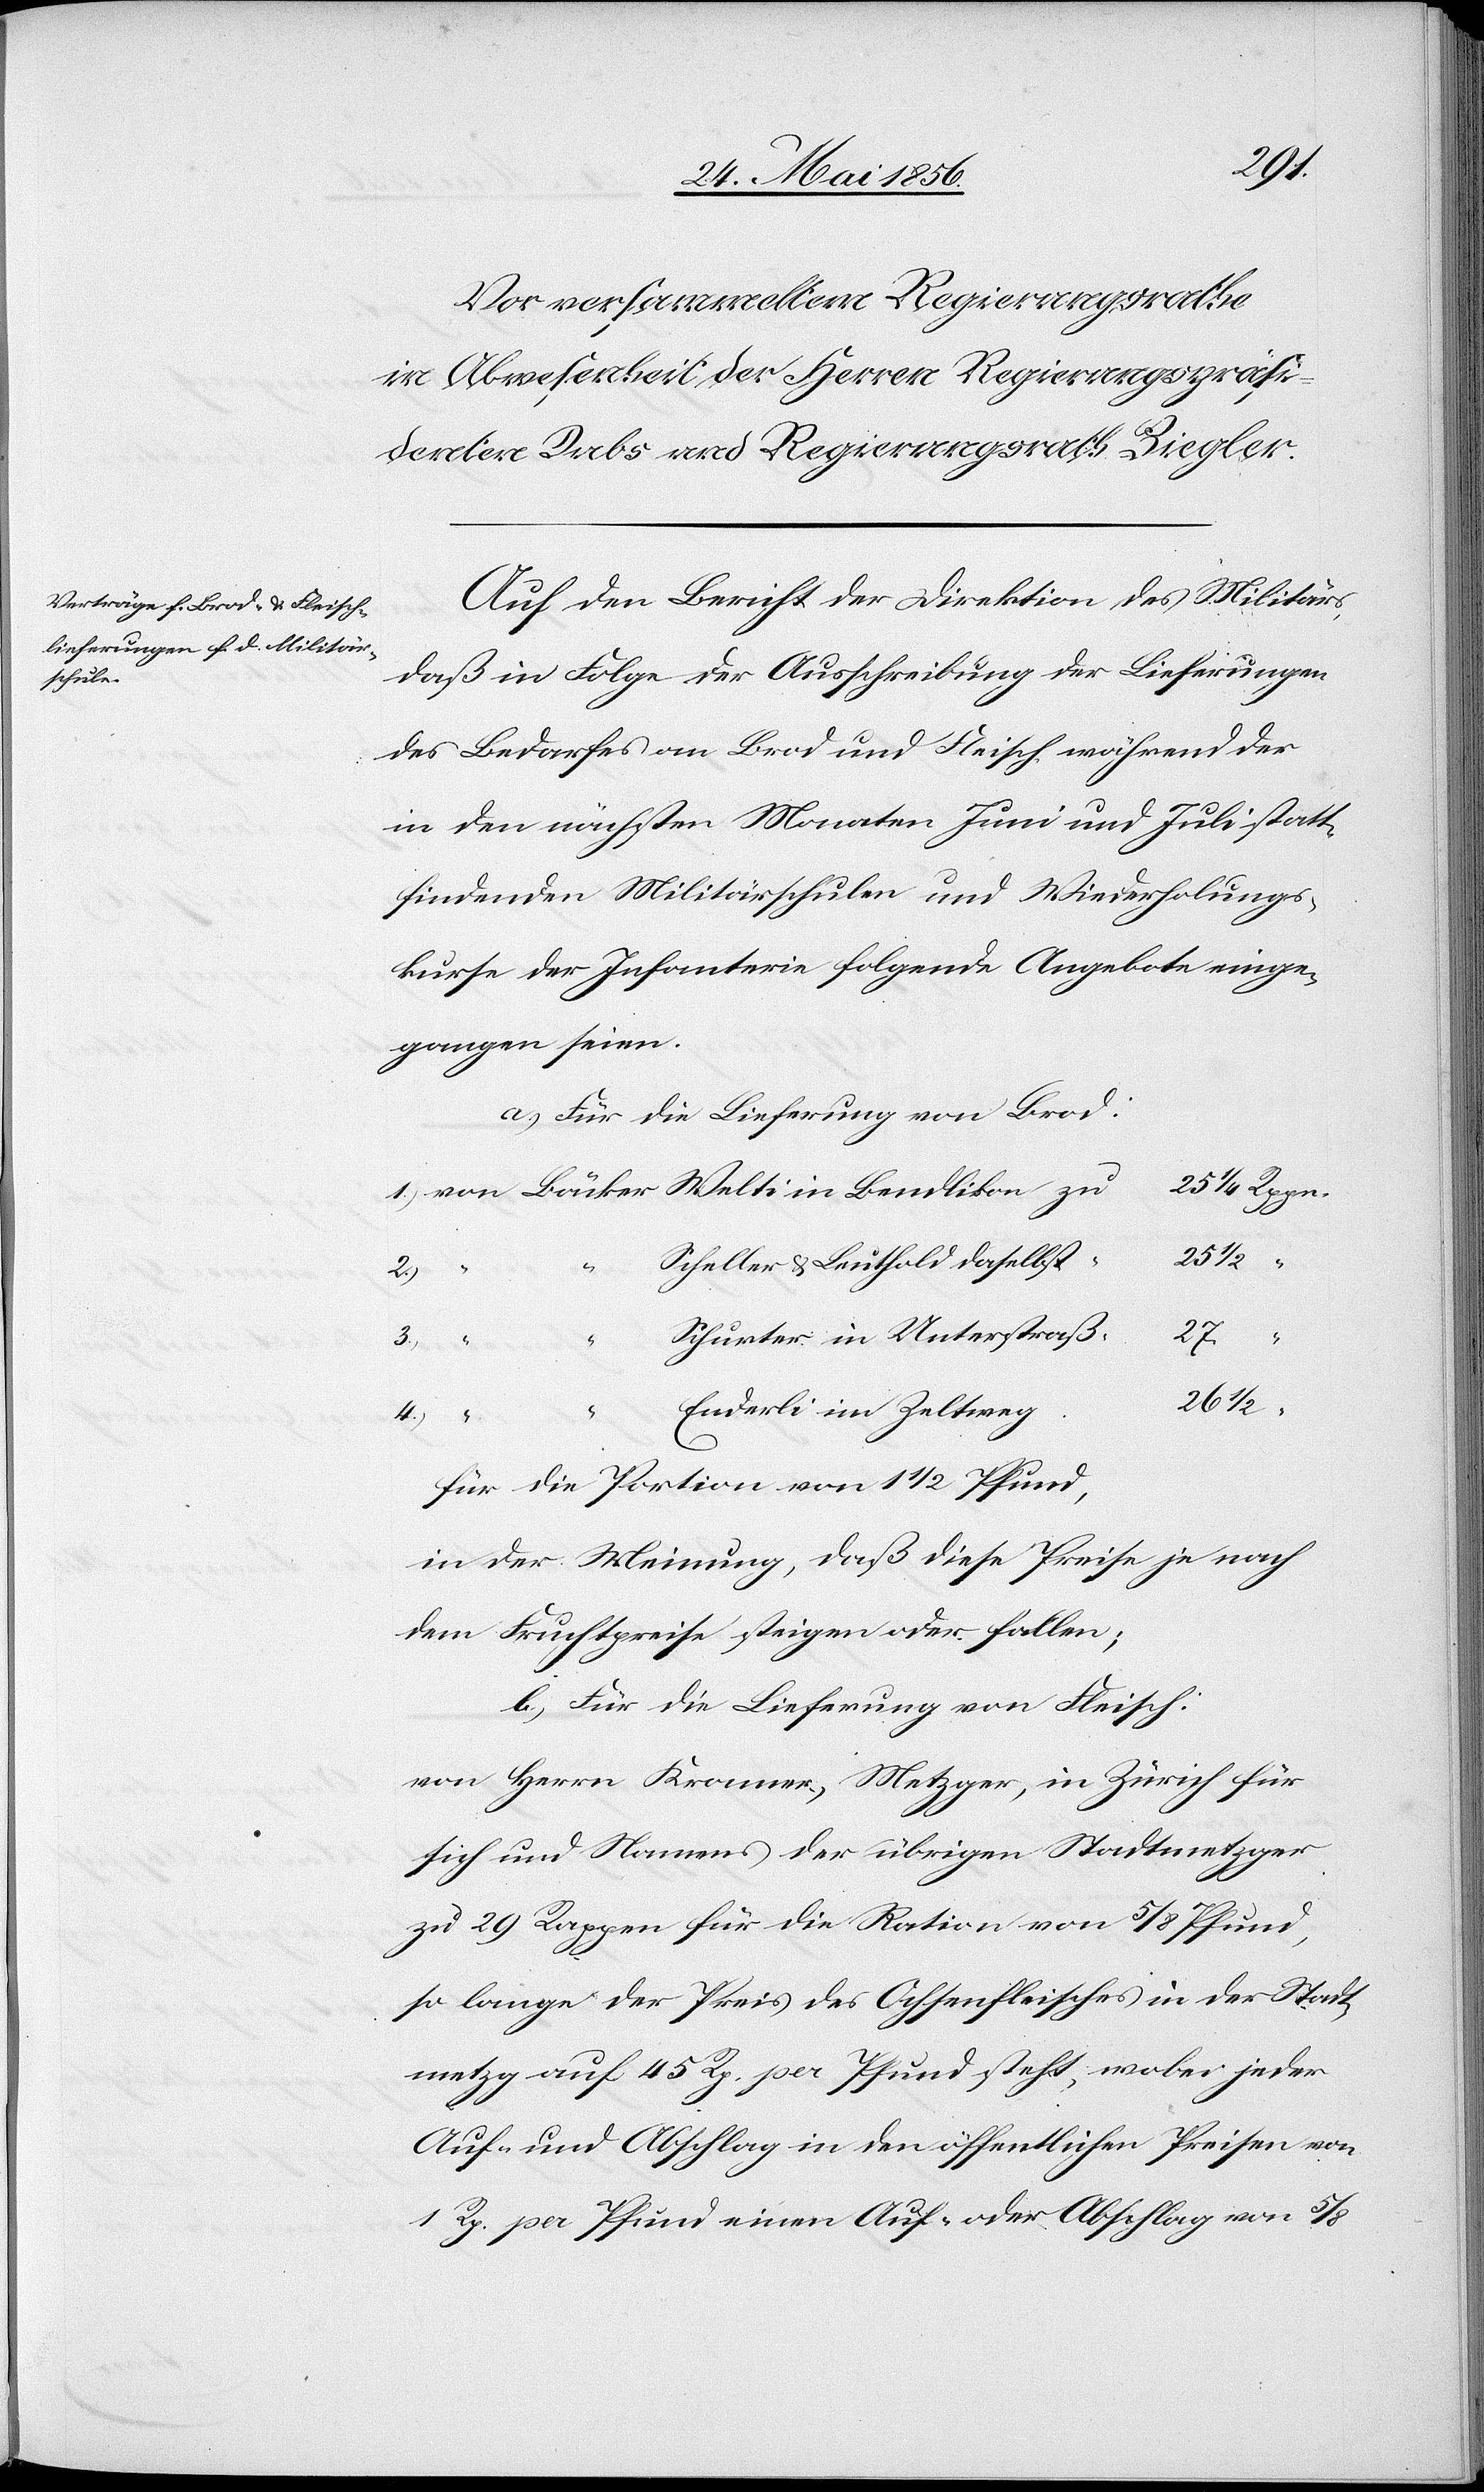
Auf den Bericht der Direktion des Militärs,
daß in Folge der Ausschreibung der Lieferungen
des Bedarfes an Brod und Fleisch, während der
in den nächsten Monaten Juni und Juli statt¬
findenden Militärschulen und Wiederholungs¬
kurse der Infanterie folgende Angebote einge¬
gangen seien.
a.) Für die Lieferung von Brod:
“
25 ½
Scheller & Leuthold daselbst
3.)
Schurter in Unterstraß
27.
26
½
Enderli im Zeltweg
likon
4.)
für die Portion von 1 ½ Pfund,
in der Meinung, daß diese Preise je nach
dem Fruchtpreise steigen oder fallen;
b.) Für die Lieferung von Fleisch:
von Herrn Kramer, Metzger, in Zürich für
sich und Namens der übrigen Stadtmetzger
zu 29 Rappen für die Ration von 5/8 Pfund,
so lange der Preis des Ochsenfleisches in der Stadt¬
metzg auf 45 Rp. per Pfund steht, wobei jeder
Auf- und Abschlag in den öffentlichen Preisen von
1 Rp. per Pfund einen Auf- oder Abschlag von 5/8